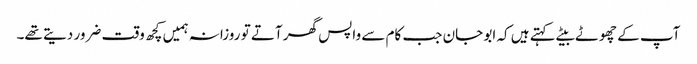
آپ کے چھوٹے بیٹے کہتے ہیں کہ ابو جان جب کام سے واپس گھر آتے تو روزانہ ہمیں کچھ وقت ضرور دیتے تھے۔